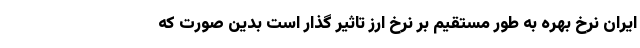
ایران نرخ بهره به طور مستقیم بر نرخ ارز تاثیر گذار است بدین صورت که